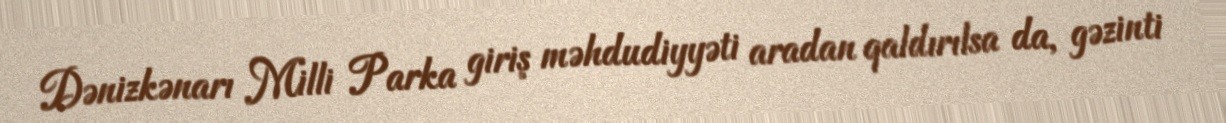
Dənizkənarı Milli Parka giriş məhdudiyyəti aradan qaldırılsa da, gəzinti